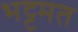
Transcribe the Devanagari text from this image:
भट्टमत